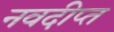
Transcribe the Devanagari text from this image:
नवदीप्त